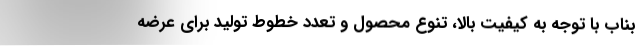
بناب با توجه به كيفيت بالا، تنوع محصول و تعدد خطوط توليد براي عرضه